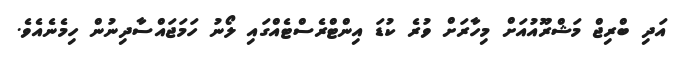
އަދި ބްރިޖް މަޝްރޫއުއަށް މިހާރަށް ވުރެ ކުޑަ އިންޓްރެސްޓެއްގައި ލޯނު ހަމަޖައްސާދިނުން ހިމެނެއެވެ.